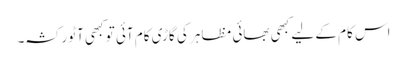
اس کام کے لیے کبھی بھائی مظاہر کی گاڑی کام آئی تو کبھی آٹو رکشہ۔